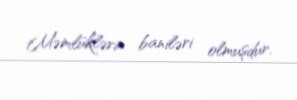
Məmlüklərin baniləri olmuşdur.